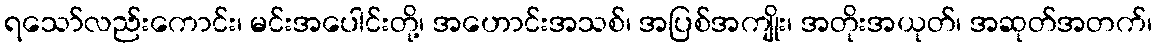
ရသော်လည်းကောင်း၊ မင်းအပေါင်းတို့၊ အဟောင်းအသစ်၊ အပြစ်အကျိုး၊ အတိုးအယုတ်၊ အဆုတ်အတက်၊